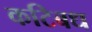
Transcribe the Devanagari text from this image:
कटिबध